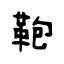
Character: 鞄